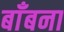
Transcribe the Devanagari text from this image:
बाँबना